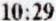
10:29